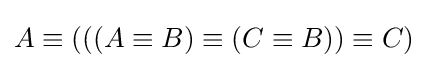
A\equiv (((A\equiv B)\equiv (C\equiv B))\equiv C)